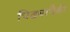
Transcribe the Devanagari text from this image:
पिढ्यांपैकी